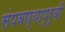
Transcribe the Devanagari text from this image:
संपवण्यापूर्वी